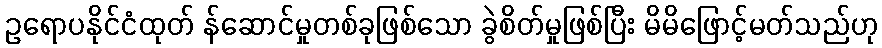
ဥရောပနိုင်ငံထုတ် န်ဆောင်မှုတစ်ခုဖြစ်သော ခွဲစိတ်မှုဖြစ်ပြီး မိမိဖြောင့်မတ်သည်ဟု